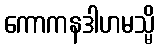
ကောကနဒါဟမသ္မိ